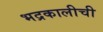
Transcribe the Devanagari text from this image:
भद्रकालीची